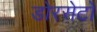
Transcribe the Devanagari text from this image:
डोरसेटों